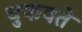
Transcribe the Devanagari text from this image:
चुकवते